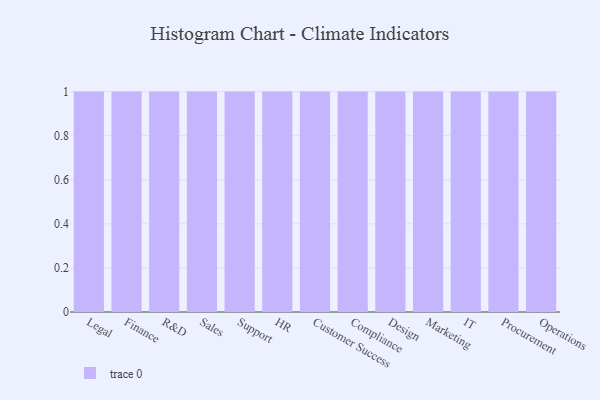
{"axis": {"x": "Department", "y": "Temperature (°C)"}, "legend": [""], "data": [{"x": "Legal", "y": 13, "type": ""}, {"x": "Finance", "y": 5, "type": ""}, {"x": "R&D", "y": 80, "type": ""}, {"x": "Sales", "y": 45, "type": ""}, {"x": "Support", "y": 77, "type": ""}, {"x": "HR", "y": 84, "type": ""}, {"x": "Customer Success", "y": 100, "type": ""}, {"x": "Compliance", "y": 21, "type": ""}, {"x": "Design", "y": 10, "type": ""}, {"x": "Marketing", "y": 30, "type": ""}, {"x": "IT", "y": 3, "type": ""}, {"x": "Procurement", "y": 71, "type": ""}, {"x": "Operations", "y": 65, "type": ""}]}